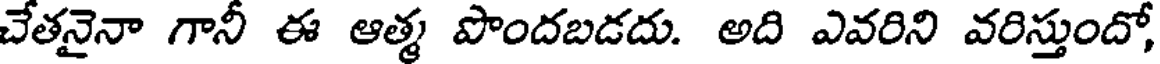
చేతనైనా గానీ ఈ ఆత్మ పొందబడదు. అది ఎవరిని వరిస్తుందో